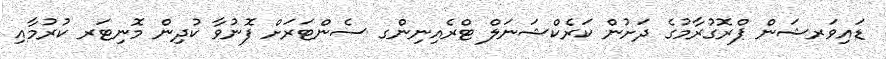
ޑައިވަރޝަން ޕްރޮގުރާމުގެ ދަށުން ކަރެކްޝަނަލް ޓްރެއިނިންގ ސެންޓަރަށް ފޮނުވާ ކުދިން މޮނިޓަރ ކުރުމާއި